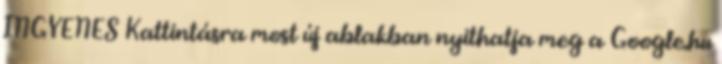
INGYENES Kattintásra most új ablakban nyithatja meg a Google.hu